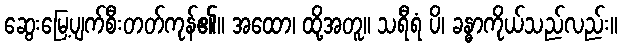
ဆွေးမြေ့ပျက်စီးတတ်ကုန်၏။ အထော၊ ထို့အတူ။ သရီရံ ပိ၊ ခန္ဓာကိုယ်သည်လည်း။